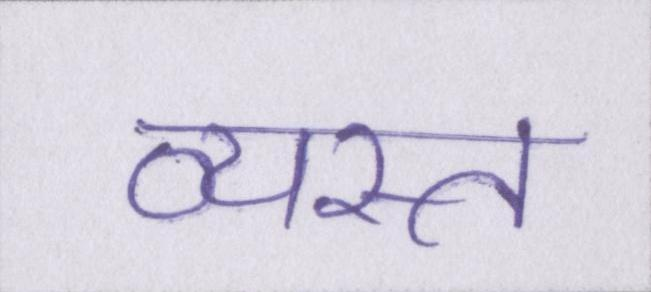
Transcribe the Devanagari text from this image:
व्यस्त